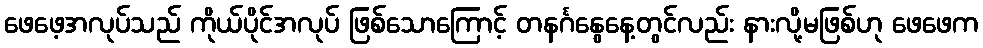
ဖေဖေ့အလုပ်သည် ကိုယ်ပိုင်အလုပ် ဖြစ်သောကြောင့် တနင်္ဂနွေနေ့တွင်လည်း နားလို့မဖြစ်ဟု ဖေဖေက